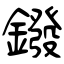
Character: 鏺